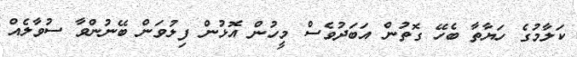
ކަލާމުގެ ހަޔާތާ ބެހޭ ގޮތުން އަބަދުވެސް މީހުން އޮޅުން ފިލުވަން ބޭނުންވާ ސުވާލެއް